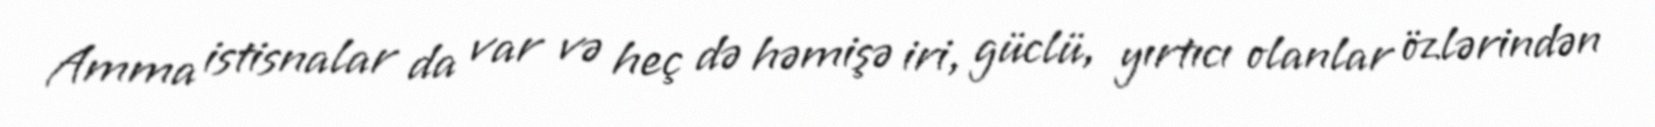
Amma istisnalar da var və heç də həmişə iri, güclü, yırtıcı olanlar özlərindən